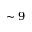
\sim 9